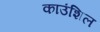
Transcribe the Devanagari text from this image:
काउंशिल